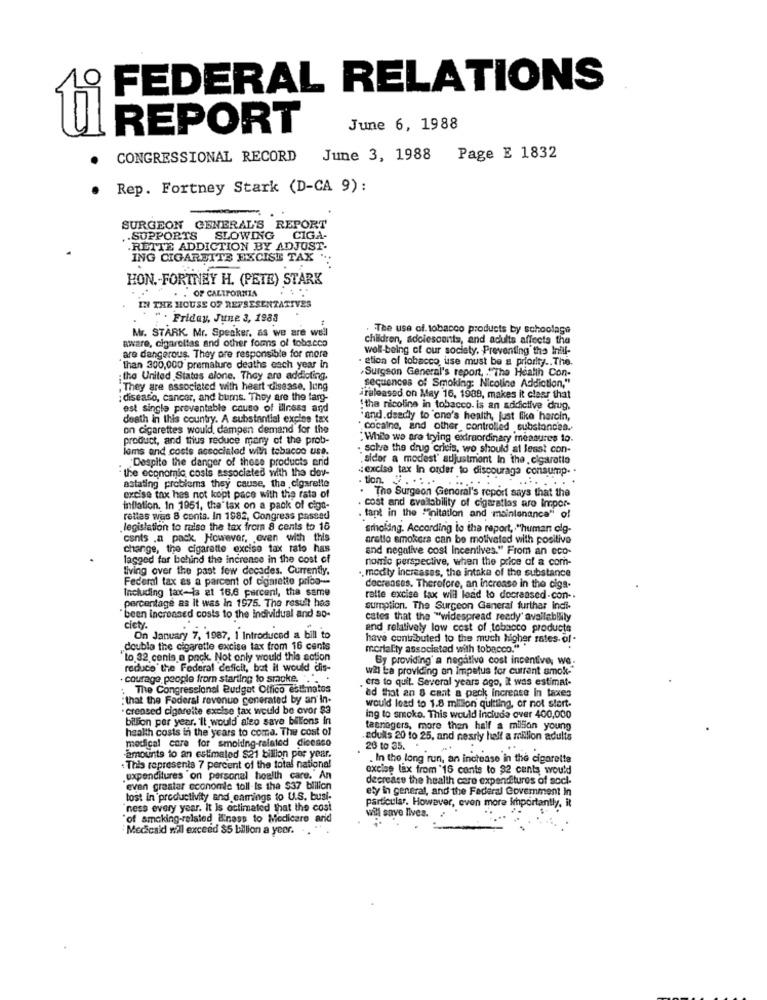
FEDERAL RELATIONS
REPORT
June 6, 1988
CONGRESSIONAL RECORD
June 3, 1988
Page E 1832
Rep. Fortney Stark (D-CA 9):
SURGEON GENERAL'S REPORT
.. SUPPORTS SLOWING CIGA-
.RETTE ADDICTION BY ADJUST-
ING CIGARETTE EXCISE TAX ".
HON .- FORTHEY H. (PETE) STARK
. . OF CALIFORNIA
IN THE HOUSE OF REFSESENTATIVES
" . Friday, June 3, 1983
Mr. STARK. Mr. Speaker, as we are well
. The use of. tobacco products by schoolage
aware, cigarettes and other forms of tobacco
children, adolescents, and adults affects the
well-being of our society. Preventing the Inill-
are dangerous. They are responsible for more
. gtion of tobacco use must be a priority .. The.
than 300,000 premature deaths each year in
Surgeon General's report, . " The Health Con-
;the United States alone. They are addicting.
; They are associated with heart disease, lung
sequences of Smoking: Nicoline Addiction,"
diseaso, cancer, and bums. They are the targ-
released on May 16, 1989, makes it clear that
est single proventable cause of illness and
"tha nicoline in tobacco. is an addictive drug.
death in this country. A substantial excles tax
"and.dsadly to 'one's health, just like harcin,
on cigarettes would, dampen demand for the
" cocaine, and other controlled substancea.
product, and thus reduce many of the prob-
:While we are trying extraordinary measures to.
lams and costs associated with tobacco use.
solve the drug crisis, wo should at least con-
Despite the danger of these products and
sidor a modest' adjustment In the , cigaretta
- the economic costs associated with the day-
:excise tax In order to discourage consump. .
astating problema they cause, tha cigarette
The Surgeon General's report says that the
n. ¿ . ..... .......
excise tax hes not kopt pace with the rata of
inflation. In 1951, the'tax on a pack of ciga-
. cost and availability of cigaratlas are Inpor-
rettes was 8 conta. In 1982, Congress passed
. tant in the ""initation and maintenance" of
legislation to raise the tax from 8 cents to 16
scholing. According to the report, "human cig-
cents ,a pack. However, oven with this
aratlo smokers can be motivated with positive
change, the cigarette excise tax tato has
and negative cost incentives." From an eco-
lagged far behind the incrence in the cost of
nomic perspective, when the price of a com-
living over the past few decades. Currently.
. modly increases, the intake of the substance
Federal tax as a parcent of cigarette priba --
Including tax-is at 16.6 percent, the same
decreases. Therefore, an increase in the ciga-
ralte excise tax will lead to docreased-con -.
percentage as it was In 1975. The result hes
sumption. The Surgeon General further Indi-
been increased costs to the individual and so-
cates that the "widespread ready' availability
ciety.
and relatively low cost of tobacco products
On January 7, 1987, I Introduced a bill to
have contributed to the much higher rates- of -
double the cigarette excise tax from 16 cents
mortality associated with tobacco." "
to 32 cenis a pack. Not only would this action
By providing' a negative cost incentive, we.
reduce the Federal deficit, bat il would dis-
will ba providing an impetus for current smok-
courage people from starting to smoke .. .
ers to quit. Several years ago, it was estimat-
. The Congressional Budget Olfico ebulmatos
: that the Federal revenue generated by an'in-
ad that an 8 caat a peck increase In taxes
creased cigareite excise tax would be over $3
would lead to 1.8 million quitting, or not stert.
billion per year. It would also save bilions in
ing to smoke. This would include over 400,000
health costs in the years to coma. The cost of
teenagers, more then half a million young
medical care for smolding-related disease
. adulls 20 to 25, and nearly hell a million adults
26 to 35. .
amounts to an estimated 821 billion per year.
. In the long run, an increase in the cigarette
. This represents 7 percent of the total national
excise tax from '16 conts to $2 cants would
.expenditures 'on personal health care. An
decrease the health care expenditures of sccl-
even greater economie toll Is the $37 blilion
ety in general, and the Federal Government in
tost in productivity and eamings to U.S. busi-
"ness every year. It Is estimated that the cost
particular. However, even more importantly, it
"of smoking-related Enass to Medicare arid
will save lives.
Medicaid will exceed $5 billion a year.